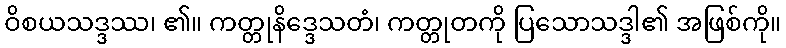
ဝိစယသဒ္ဒဿ၊ ၏။ ကတ္တုနိဒ္ဒေသတံ၊ ကတ္တုတကို ပြသောသဒ္ဒါ၏ အဖြစ်ကို။